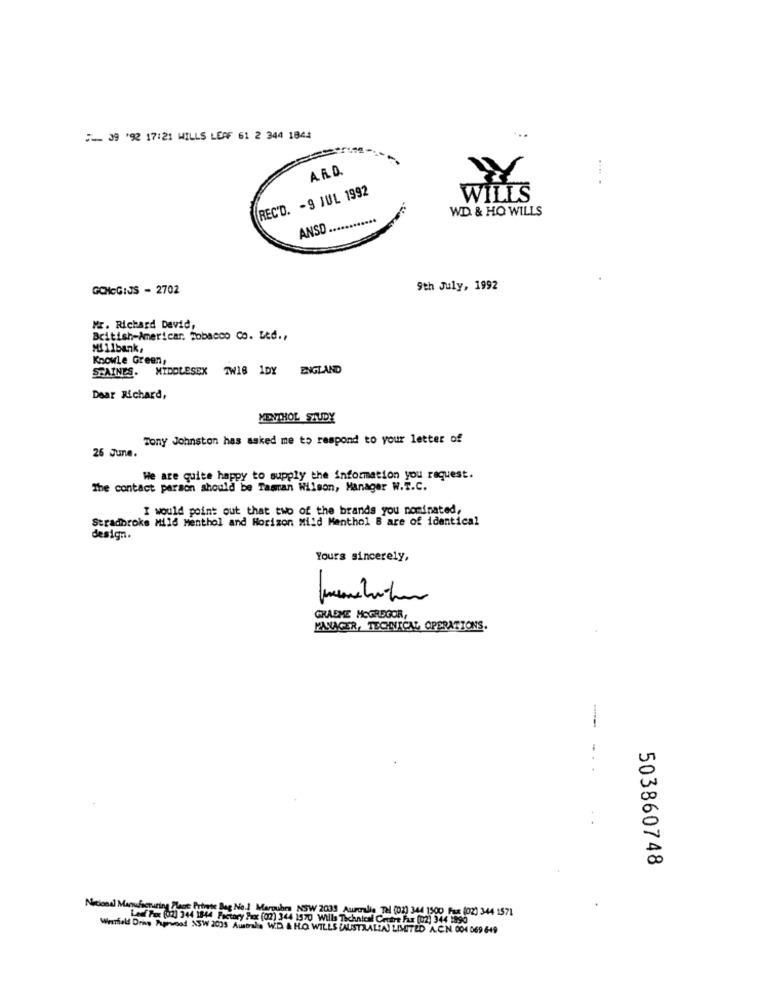
...
39 92 17:21 WILLS LEAF 61 2 344 1844
A.A.D.
REC'D. - 9 JUL 1992
WILLS
WD & HO WILLS
ANSO ..
GONcGIJS - 2702
9th July, 1992
Mr. Richard David,
British-Americar, Tobacco Co. Ltd .,
Millbank,
Knowle Green,
STAINES. MIDDLESEX
TW18 1DY ENGLAND
Dear Richard,
MENTHOL STUDY
Tony Johnston has asked me to respond to your letter of
26 June.
We are quite happy to supply the information you request.
The contact person should be Tasman Wilson, Manager W.T.C.
I would point out that two of the brands you nominated,
Stradbroke Mild Menthol and Horizon Mild Menthol B are of identical
design.
Yours sincerely,
GRAEME MCGREGOR,
MANAGER, TECHNICAL OPERATIONS.
503860748
Nacional Manufacturing Place Prtote Bag No.1 Maroubo NSW 2039 Aumorali: Tel (02) 344 1500 Pas (02) 344 1571
Leaf Por (02) 344 1844 Pctary Peux (02) 34 1970 Wills Technical Centre Fax (02) 344 1990
Weerhield Drag Aprwood XSW 2035 Ausbals W.D. & H.O. WILLS (AUSTRALIA) LIMITED A.C.N. 004 069 649